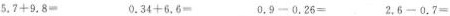
$$5 . 7 + 9 . 8 =$$ $$0 . 3 4 + 6 . 6 =$$ $$0 . 9 - 0 . 2 6 =$$ $$2 . 6 - 0 . 7 =$$